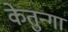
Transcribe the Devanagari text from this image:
केतुन्गा